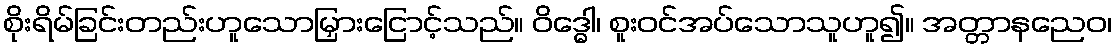
စိုးရိမ်ခြင်းတည်းဟူသောမြှားငြောင့်သည်။ ဝိဒ္ဓေါ၊ စူးဝင်အပ်သောသူဟူ၍။ အတ္တာနညေဝ၊